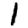
Digit: 1